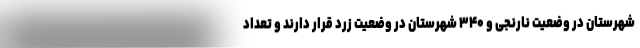
شهرستان در وضعیت نارنجی و ۳۴۰ شهرستان در وضعیت زرد قرار دارند و تعداد